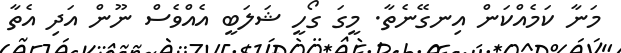
މަނާ ކަމެއްކަން އިނގޭނެތާ. މީގަ ގޯހީ ޝަލަބީ އެއްވެސް ނޫން އަދި އެތާ